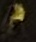
م